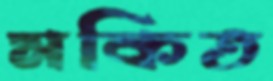
মকিত